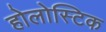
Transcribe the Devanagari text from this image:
होलोस्टिक